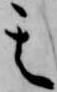
其